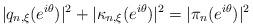
LaTeX: \begin{align*}|q_{n,\xi}(e^{i\theta})|^2+|\kappa_{n,\xi}(e^{i\theta})|^2=|\pi_n(e^{i\theta})|^2\end{align*}